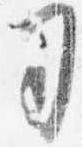
司